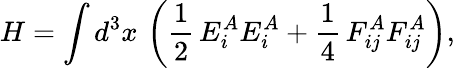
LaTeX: H=\int d^{3}x\, \left(\frac{1}{2}\, E_{i}^{A}E_{i}^{A}+\frac{1}{4}\, F_{ij}^{A}F_{ij}^{A}\right),